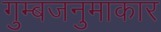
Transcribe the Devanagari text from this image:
गुम्बजनुमाकार